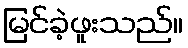
မြင်ခဲ့ဖူးသည်။